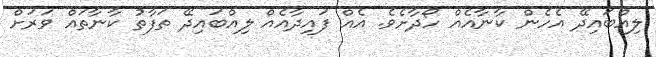
ލިއްބައިދޭ އެހެން ކާނާއެއް ހޯދާށެވެ. އެއް ފައިދާއެއް ލިއްބައިދޭ ތަފާތު ކާނާތައް ވަރަށް